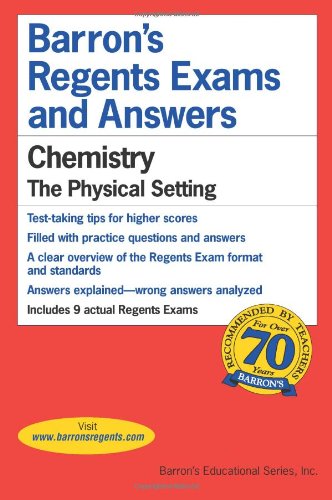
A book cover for Barrons's Regents Exams and Answers: Chemistry, the Physical Setting; Albert S Tarendash; Test Preparation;